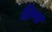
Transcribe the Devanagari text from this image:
डिप्पा